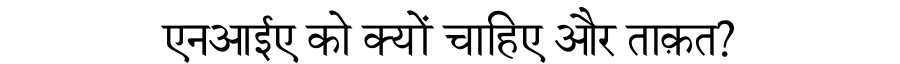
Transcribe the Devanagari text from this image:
एनआईए को क्यों चाहिए और ताक़त?